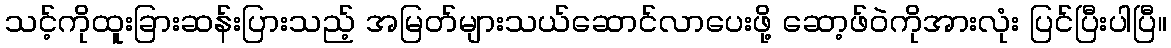
သင့်ကိုထူးခြားဆန်းပြားသည့် အမြတ်များသယ်ဆောင်လာပေးဖို့ ဆော့ဖ်ဝဲကိုအားလုံး ပြင်ပြီးပါပြီ။